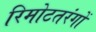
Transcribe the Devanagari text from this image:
रिमोटतरंगों